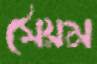
সৈয়ম